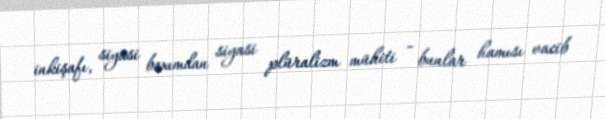
inkişafı, siyasi baxımdan siyasi plüralizm mühiti - bunlar hamısı vacib